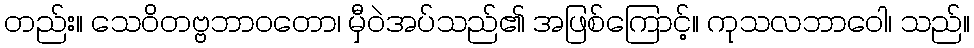
တည်း။ သေဝိတဗ္ဗဘာဝတော၊ မှီဝဲအပ်သည်၏ အဖြစ်ကြောင့်။ ကုသလဘာဝေါ၊ သည်။